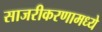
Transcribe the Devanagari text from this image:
साजरीकरणामध्ये